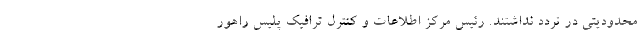
محدودیتی در تردد نداشتند. رئیس مرکز اطلاعات و کنترل ترافیک پلیس راهور